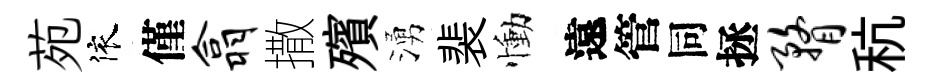
苑依僅翕撒殯湧裴慟遠管同拯瞀秔